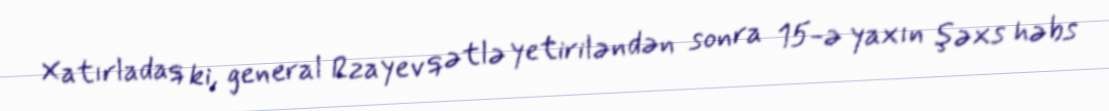
Xatırladaq ki, general Rzayev qətlə yetiriləndən sonra 15-ə yaxın şəxs həbs